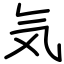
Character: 気